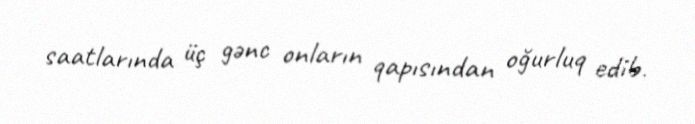
saatlarında üç gənc onların qapısından oğurluq edib.